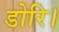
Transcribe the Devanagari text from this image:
डोरि।